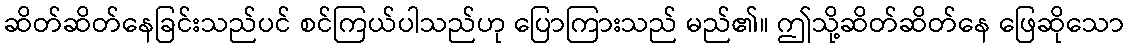
ဆိတ်ဆိတ်နေခြင်းသည်ပင် စင်ကြယ်ပါသည်ဟု ပြောကြားသည် မည်၏။ ဤသို့ဆိတ်ဆိတ်နေ ဖြေဆိုသော